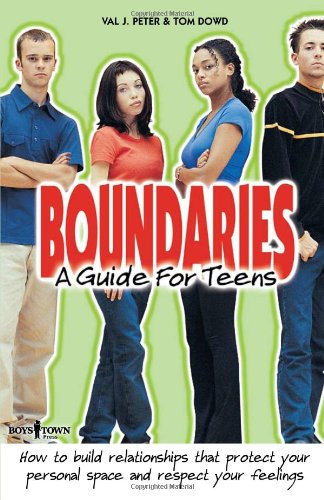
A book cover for Boundaries: A Guide for Teens; Val J. Peter; Medical Books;